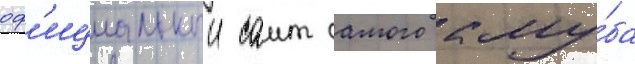
оф'ициальныи саит самого клу́ба